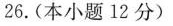
26.(本小题12分)